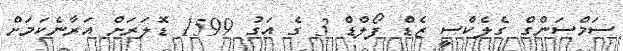
ސަމްސަންގް ގެލެކްސީ ޒެޑް ފޯލްޑް 3 ގެ އަގު 1599 ޑޮލަރަށް އަރާނެކަމަށް